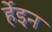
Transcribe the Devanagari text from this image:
र्हेइन